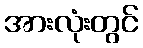
အားလုံးတွင်